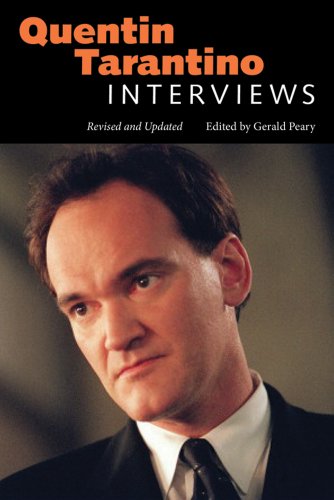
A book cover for Quentin Tarantino: Interviews, Revised and Updated (Conversations with Filmmakers Series); Humor & Entertainment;